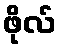
ဖိုလ်